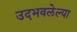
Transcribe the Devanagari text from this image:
उदभवलेल्या